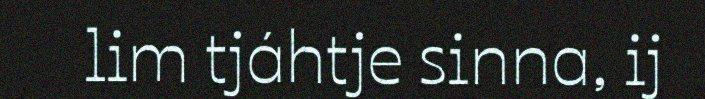
lim tjáhtje sinna, ij